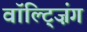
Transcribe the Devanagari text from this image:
वॉल्ट्ज़िंग